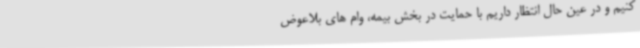
کنیم و در عین حال انتظار داریم با حمایت در بخش بیمه، وام های بلاعوض